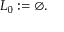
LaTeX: L _ { 0 } : = \varnothing .